Vital statistics of India. Vol. IV, Annual returns from 1871 to 1876. British Army of India, Native Army and jails of Bengal
Year: 1871
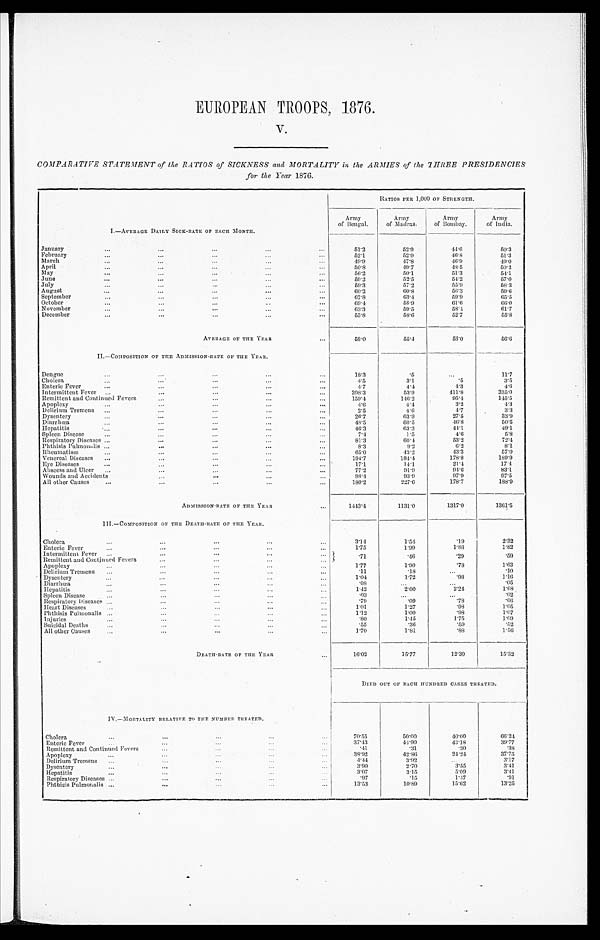
EUROPEAN TROOPS, 1876.
v.
COMPARATIVE STATEMENT of the RATIOS of SICKNESS and MORTALITY in the ARMIES of the THREE PRESIDENCIES
for the Year 1876.
RATIOS PER 1,000 OF STRENGTH.
I.—AVERAGE DAILY SICK-RATE. OF EACH MONTH.
Army
of Bengal.
Army
of Madras.
Army
of Bombay.
Army
of India.
January
...
. . .
. . .
...
. . .
51.2
52.9
44. 6
5 0 . 3
February
. . .
. . .
. . .
...
. . .
52.1
52. 9
46.8
51.3
March
...
. . .
. . .
...
...
49. 9
47. 8
46.9
4 9 . 0
April
. . .
. . .
. . .
...
. . .
5 0 . 8
49.7
48.5
50.2
May
. . .
. . .
...
. . .
. . .
56.2
50. 1
51. 3
54.1
June
...
...
. . .
...
. . .
59.2
52. 5
54. 2
57.0
July
...
. . .
. . .
. . .
. . .
59. 3
57.2
55.9
58.3
August
. . .
. . .
. . .
...
...
60.2
60.8
56. 3
59.6
September
. . .
...
...
. . .
. . .
67.8
63. 4
59.9
65.5
October
...
. . .
. . .
...
...
69.4
58.9
61.6
6 6 . 0
November
. . .
. . .
...
...
. . .
63. 3
59.5
58.1
61.7
December
...
. . .
...
. . .
...
55.8
58.6
52.7
5 5 . 8
AVERAGE OF THE YEAR
...
5 8 . 0
55. 4
53.0
56.6
II.—COMPOSITION OF THE ADMISSION-RATE OF THE YEAR.
Dengue
. . .
. . .
. . .
. . .
...
18.3
.5
...
11.7
Cholera
...
. . .
...
. . .
...
4 . 5
3.1
.5
3.5
Enteric Fever
...
...
...
...
...
4 . 7
4.4
4 . 3
4 . 6
Intermittent Fever ...
...
. . .
...
...
3 9 8 . 3
53.9
411.8
3 3 5 . 0
Remittent and Continued Fevers...
...
. . .
...
159.4
146.2
95.4
145.5
Apoplexy
...
. . .
. . .
. . .
. . .
4 . 6
4.4
3 . 2
4 . 3
Delirium Tremens ...
...
. . .
. . .
. . .
2.5
4.6
4 . 7
3.3
Dysentery
...
. . .
. . .
. . .
...
26.7
63. 9
27.5
33.9
Diarrhœa
...
. . .
...
...
. . .
48. 5
60.5
46.8
50.5
Hepatitis
...
...
. . .
...
. . .
46.3
63.3
44.1
49.1
Spleen Disease
...
. . .
. . .
. . .
. . .
7 . 4
1.5
4.6
5.8
Respiratory Diseases ...
. . .
. . .
...
...
81.3
60.4
53.2
72.4
Phthisis Pulmonalis ...
...
. . .
. . .
...
8.3
9.2
6.2
8.1
Rheumatism
...
. . .
...
. . .
...
65.0
43.2
43.3
57.0
Venereal Disease ...
...
...
...
. ..
1 9 4 . 7
184.4
178.8
189.9
Eye Diseases
. . .
. . .
. . .
. . .
. . .
17.1
14.1
21.4
17.4
Abscess and Ulcer ...
. . .
. . .
. . .
...
77.2
91.9
91. 6
83.1
Wounds and Accident
. . .
...
. . .
...
98.4
93.9
97.9
97.5
All other Causes
. . .
. . .
. . .
. . .
...
180.2
227.6
178.7
188.9
ADMISSION-RATE OF THE YEAR
...
1 4 4 3 . 4
1131.0
1317.0
1361.5
III.—COMPOSITION OF THE DEATII-RATE OF THE YEAR.
Cholera
...
...
...
. . .
. . .
3 . 1 4
1.54
.19
2 . 3 2
Enteric Fever
...
...
. . .
...
...
1.75
1.99
1.86
1.82
Intermittent Fever... ..
. . .
. . .
. . .
. . .
.71
.46
.29
.59
Remittent and Continued Fevers ...
...
. . .
...
Apoplexy
...
...
...
...
...
1 . 7 7
1.90
.78
1.63
Delirium Tremens ...
. . .
...
...
. . .
.11
.18
...
.10
Dysentery
...
. . .
...
...
...
1.04
1.72
.98
1.16
Diarrhœa
...
. . .
...
...
. . .
.08
...
...
. 05
Hepatitis
...
...
...
...
...
1.42
2.00
2. 24
1 . 6 8
Spleen Disease
...
. . .
...
...
. . .
.03
...
...
.02
Respiratory Diseases
. . .
. . .
...
. . .
. . .
.79
.09
.78
. 6 6
Heart Disease
. . .
. . .
...
...
...
1 . 0 1
1.27
.93
1.05
Phthisis Pulmonalis ..
...
. . .
. . .
. . .
1.12
100
.98
1.07
Injuries
...
. . .
...
. . .
. . .
. 8 0
1.45
1.75
1.09
Suicidal Deaths
...
...
...
...
. . .
. 5 5
.36
.59
.52
All other Causes ...
. . .
...
. . .
...
1 . 7 0
1.81
.88
1 5 6
DEATH-RATE OF THE YEAR
.....
1 6 . 0 2
15.77
12.30
15.32
DIED OUT OF EACH HUNDRED CASES TREATED.
IV.—MORTALITY RELATIVE TO THE NUMBER TREATED.
Cholera
...
. . .
. . .
. . .
. . .
70.55
50.00
40. 00
6 6 . 3 4
Enteric Fever
...
...
. . .
. . .
. . .
37.43
44.90
43.18
39.77
Remittent and Continued Fevers ...
. . .
. . .
. . .
.41
.31
.30
.38
Apoplexy
...
. . .
...
...
...
38.92
42.80
24.24
3 7 . 7 5
Delirium Tremens
. . .
...
. . .
...
4. 44
3.92
...
3.17
Dysentery
...
. . .
. . .
...
...
3 . 9 0
2.70
3.55
3 . 4 1
Hepatitis
...
. . .
...
...
. . .
3 . 0 7
3.15
5.09
3.41
Respiratory Diseases ...
. . .
...
...
...
.97
.15
1.47
.91
Phthisis Pulmonalis ...
. . .
. . .
. . .
... 13.53
10. 89
15.62
13.25